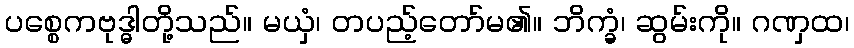
ပစ္စေကဗုဒ္ဓါတို့သည်။ မယှံ၊ တပည့်တော်မ၏။ ဘိက္ခံ၊ ဆွမ်းကို။ ဂဏှထ၊